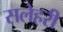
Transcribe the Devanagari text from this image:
सलेहरी